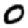
Digit: 0